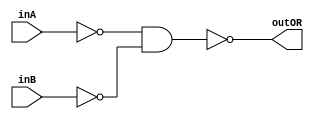
/* CSED273 lab1 experiment 2_ii */
/* lab1_2_ii.v */


/* Implement OR with {AND, NOT}
 * You are only allowed to wire modules together */
module lab1_2_ii(outOR, inA, inB);
    output wire outOR;
    input wire inA, inB;

    not(notA, inA);         // A'
    not(notB, inB);         // B'
    and(temp, notA, notB);  // A'B'
    not(outOR, temp);       // (A'B')'

endmodule